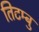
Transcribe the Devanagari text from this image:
तिटम्बु